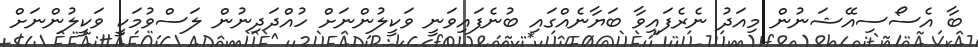
ބާ އެސޯސިއޭޝަނުން މިއަދު ނެރެފައިވާ ބަޔާނެއްގައި ބުނެފައިވަނީ ވަކީލުންނަށް ހުއްދަދިނުން ލަސްވުމަކީ ވަކީލުންނަށް